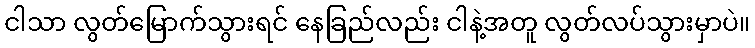
ငါသာ လွတ်မြောက်သွားရင် နေခြည်လည်း ငါနဲ့အတူ လွတ်လပ်သွားမှာပဲ။